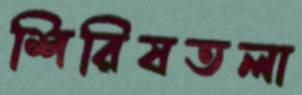
শিরিষতলা